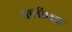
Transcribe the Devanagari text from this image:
फ्लीषर